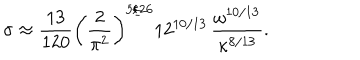
LaTeX: \sigma \approx \frac { 1 3 } { 1 2 0 } \left( \frac { 2 } { \pi ^ { 2 } } \right) ^ { 5 / 2 6 } 1 2 ^ { 1 0 / 1 3 } \, \frac { \omega ^ { 1 0 / 1 3 } } { \kappa ^ { 8 / 1 3 } } .